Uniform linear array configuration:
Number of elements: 32
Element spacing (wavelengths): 1
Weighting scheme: cosine
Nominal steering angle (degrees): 15
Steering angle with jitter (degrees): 14.414
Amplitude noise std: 0.05
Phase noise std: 0.05

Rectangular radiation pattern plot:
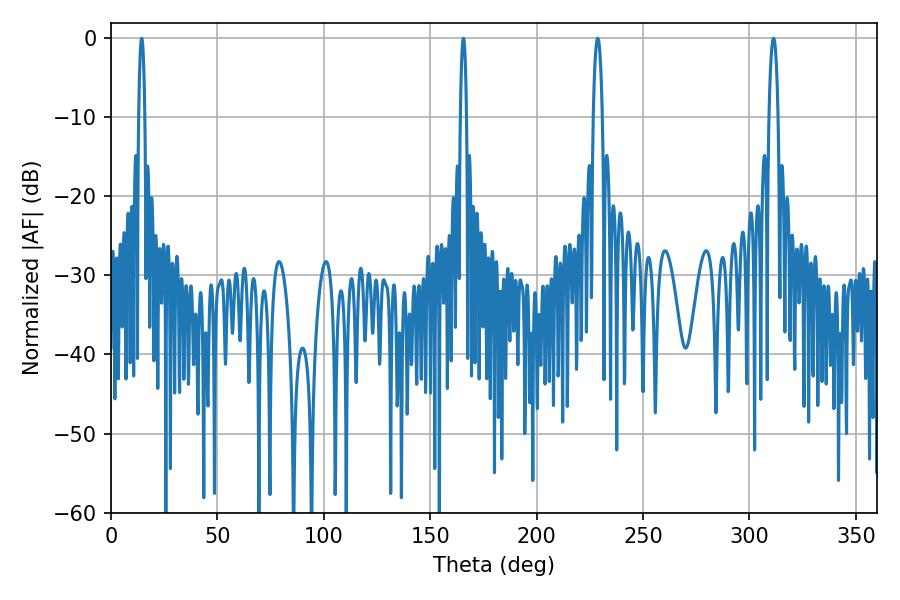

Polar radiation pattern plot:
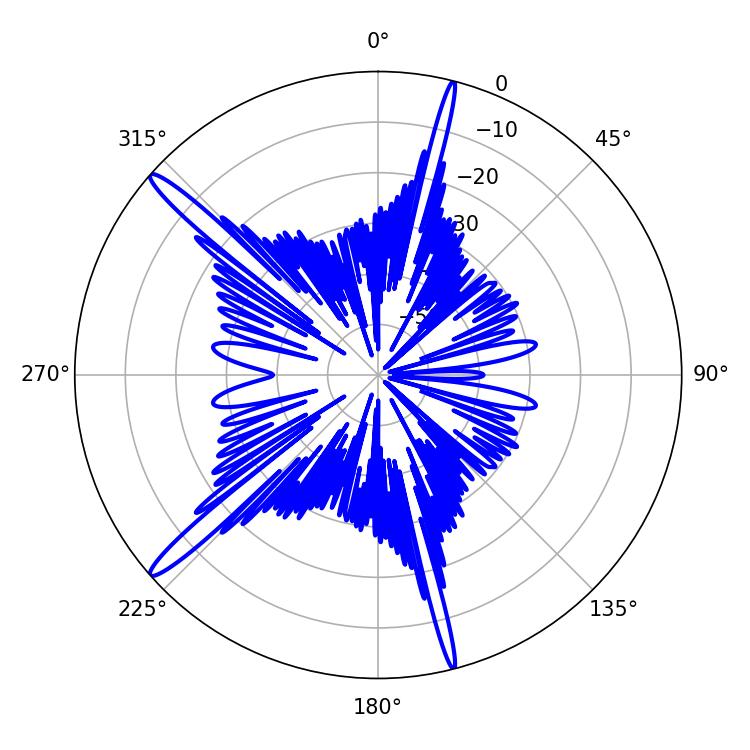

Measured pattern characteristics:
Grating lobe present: TRUE
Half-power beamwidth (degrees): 1.44
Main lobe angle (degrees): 14.4